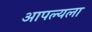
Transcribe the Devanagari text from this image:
आपल्यला